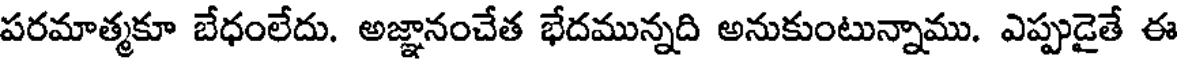
పరమాత్మకూ బేధంలేదు. అజ్ఞానంచేత భేదమున్నది అనుకుంటున్నాము. ఎప్పుడైతే ఈ